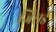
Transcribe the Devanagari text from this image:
जिरार्ड